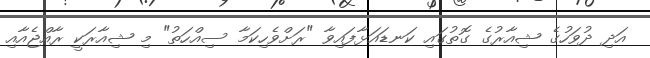
އަދި ދުވަހުގެ ޝިއާރުގެ ގޮތުގައި ކަނޑައަޅާފައިވާ "ރަށްވެހިކަމާ ސިއްހަތު" މި ޝިއާރަކީ ރާއްޖެއާއި